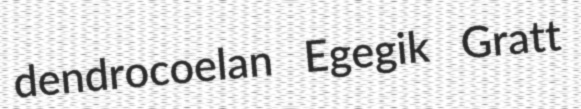
dendrocoelan Egegik Gratt